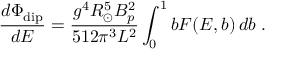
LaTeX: { \frac { d \Phi _ { \mathrm { d i p } } } { d E } } = { \frac { g ^ { 4 } R _ { \odot } ^ { 5 } B _ { p } ^ { 2 } } { 5 1 2 \pi ^ { 3 } L ^ { 2 } } } \int _ { 0 } ^ { 1 } b F ( E , b ) \, d b \; .